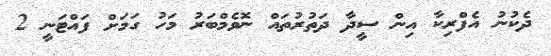
ދެކުނު އެފްރިކާ އިން ސީދާ ދަތުރުތައް ނޮވެމްބަރު މަހު ގަމަށް ފައްޓަނީ 2